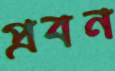
প্রবন